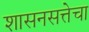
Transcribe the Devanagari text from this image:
शासनसत्तेचा